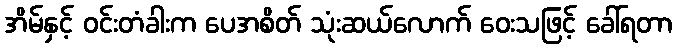
အိမ်နှင့် ဝင်းတံခါးက ပေအစိတ် သုံးဆယ်လောက် ဝေးသဖြင့် ခေါ်ရတာ